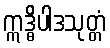
ဣဒ္ဓိပါဒသုတ္တံ